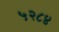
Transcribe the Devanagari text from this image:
५२८४